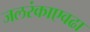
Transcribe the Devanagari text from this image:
जलरंकाएवढा